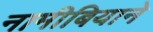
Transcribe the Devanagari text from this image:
नामीबियाने